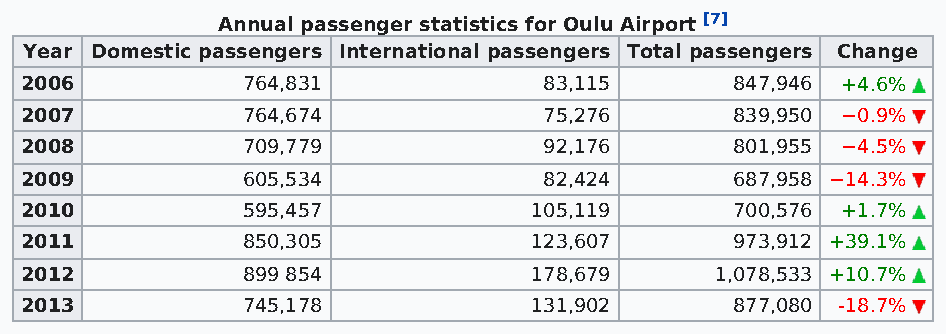
Annual passenger statistics for Oulu Airport [7]
 Year Domestic passengers International passengers Total passengers Change
 2006           764,831             83,115       847,946 +4.6%
 2007           764,674             75,276       839,950 −0.9%
 2008           709,779             92,176       801,955 −4.5%
 2009           605,534             82,424       687,958 −14.3%
 2010           595,457            105,119       700,576 +1.7%
 2011           850,305            123,607       973,912 +39.1%
 2012           899 854            178,679     1,078,533 +10.7%
 2013           745,178            131,902       877,080 -18.7%